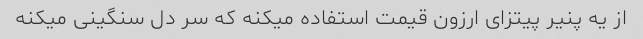
از یه پنیر پیتزای ارزون قیمت استفاده میکنه که سر دل سنگینی میکنه